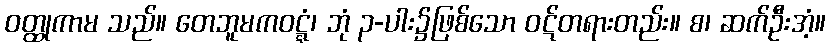
ဝတ္ထုကာမ သည်။ တေဘူမကဝဋ္ဋံ၊ ဘုံ ၃-ပါး၌ဖြစ်သော ဝဋ်တရားတည်း။ စ၊ ဆက်ဦးအံ့။